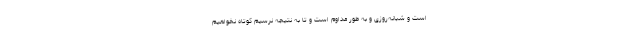
است و شبانه‌روزی و به طور مداوم است و تا به نتیجه نرسیم کوتاه نخواهیم